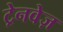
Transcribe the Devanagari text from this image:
ट्रेनवेज़